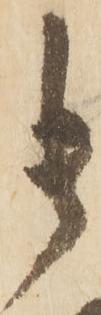
貴